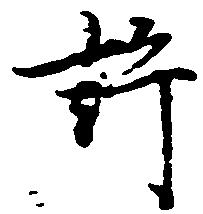
許